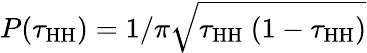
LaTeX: P(\tau_{\mathrm{HH}})=1/\pi\sqrt{\tau_{\mathrm{HH}}\ (1-\tau_{\mathrm{HH}})}